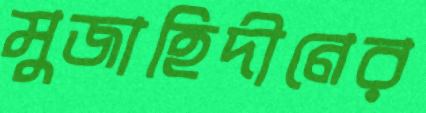
মুজাহিদীনের